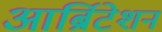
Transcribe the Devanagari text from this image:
आर्ब्रिटेशन